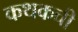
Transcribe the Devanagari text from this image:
कथकची